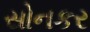
સોનકર